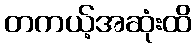
တကယ့်အဆုံးထိ